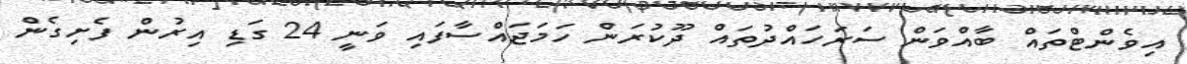
އިވެންޓްތައް ބާއްވަން ސަރަހައްދުތައް ދޫކުރަން ހަމަޖައްސާފައި ވަނީ 24 ގަޑި އިރުން ފެށިގެން